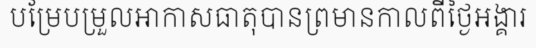
បម្រែបម្រួលអាកាសធាតុបានព្រមានកាលពីថ្ងៃអង្គារ